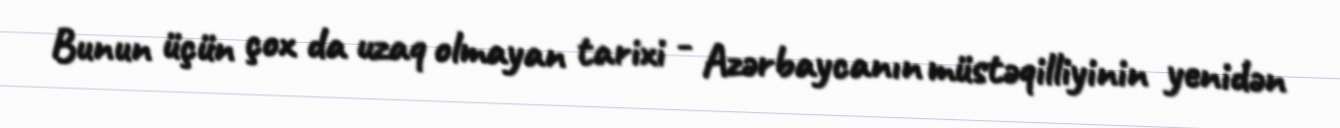
Bunun üçün çox da uzaq olmayan tarixi - Azərbaycanın müstəqilliyinin yenidən